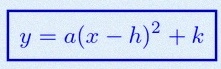
y=a(x-h)^2+k